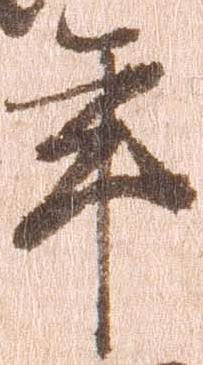
年